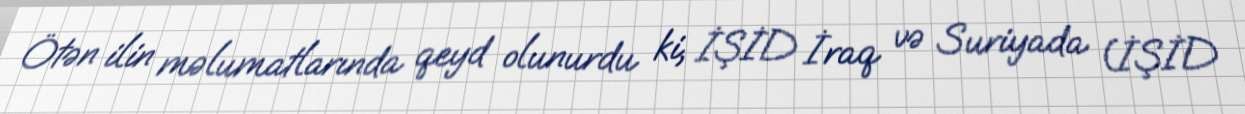
Ötən ilin məlumatlarında qeyd olunurdu ki, İŞİD İraq və Suriyada (İŞİD